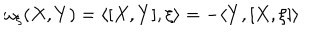
\omega _ { \xi } ( X , Y ) = \langle [ X , Y ] , \xi \rangle = - \langle Y , [ X , \xi ] \rangle